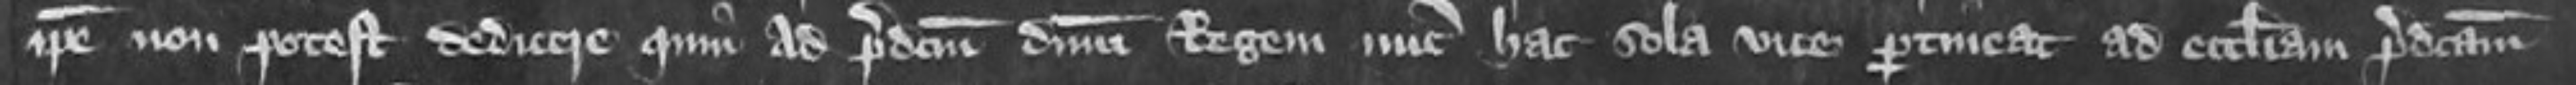
ipse non potest dedicere quim ad predictum dominum Regem nunc hac sola vice pertineat ad ecclesiam predictam